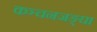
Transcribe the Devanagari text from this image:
कञ्चनजङ्घा